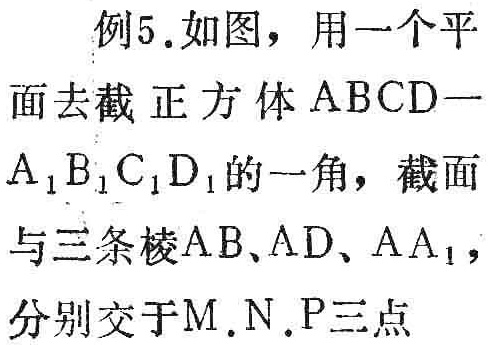
例5.如图，用一个平

面去截正方体 \(ABCD -

A_{1}B_{1}C_{1}D_{1}\) 的一角，截面

与三条棱 \(AB、AD、AA_{1}\)，

分别交于 \(M,N,P\) 三点